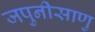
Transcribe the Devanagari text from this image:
जपुनीसाणु